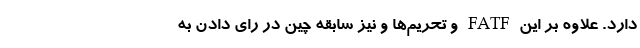
دارد. علاوه بر این FATF و تحریم‌ها و نیز سابقه چین در رای دادن به